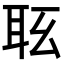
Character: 𦕇